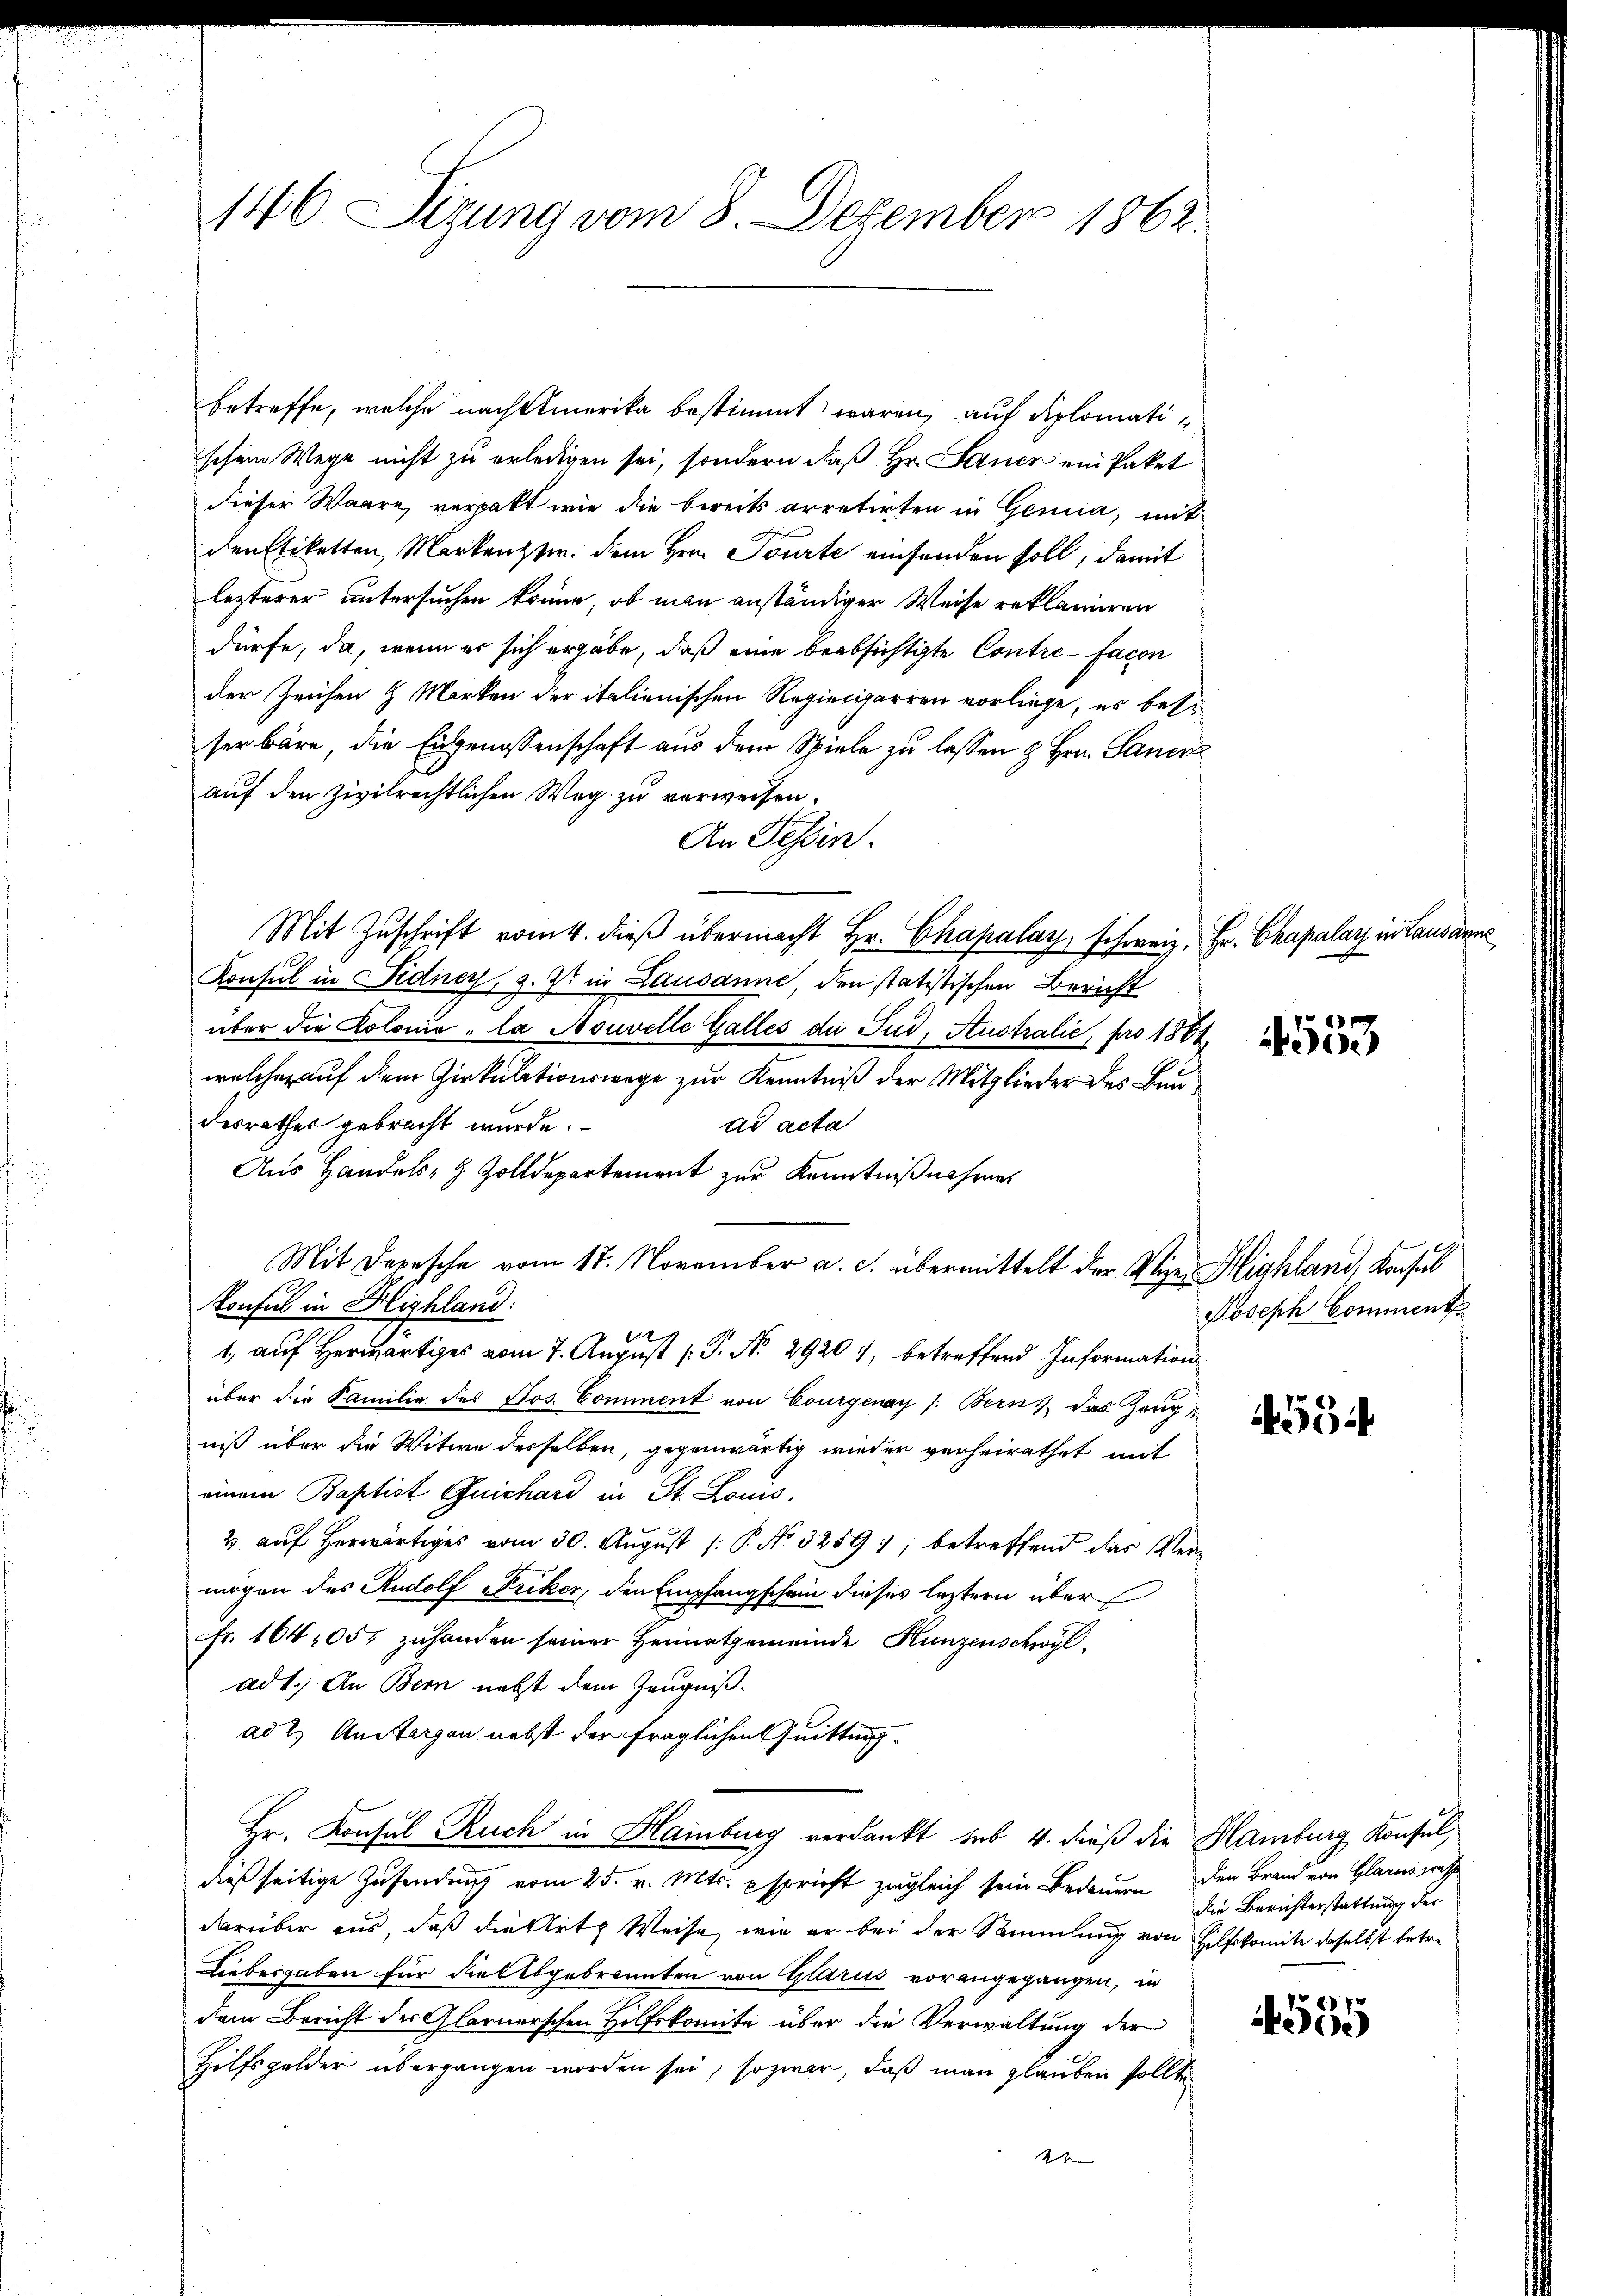
146. Sizung vom 8. Dezember 1862.

betreffe, welche nachbemerika bestimmt waren, auf diplomatischein Wege nicht zu erledigen sei, sondern daß Hr. Janer ein Paket
dieser Waare, verpakt wie die bereits arretirten in Genia, mit
den Etiketten Markenzzw. dem Hrn. Tourte einsenden soll, damit
lezterer untersuchen könne, ob man anständiger Weise reklamiren
dürfe, da, wenn er sich ergäbe, daß eine beabsichtigte Contre facon
der Zeichen & Marken der italienischen Regiecigarren vorliege, es besser wäre, die Eingenossenschaft aus dem Spiele zu lassen & Hrn. Janerz
auf den zivilrechtlichen Weg zu verweisen.
An Tessin.
Mit Zuschrift vom 4. dieß übermacht Hr. Chapalay, Schweiz. Hr. Chapalar in Lausanne
Konsul in Fidney, z. Zt. in Lausanne, den statistischen Bericht
über die Kolonie „la Nouvelle Galles die Pud, Australie, pro 1864.
welcher auf dem Zirkulationswege zur Kenntniß der Mitglieder des Baudesrathes gebracht wurde.
ad acta
Aus Handels- & Zolldepartement zur Kenntnißnahmen
Mit Depesche vom 17. November a. c. übermittelt der Wien Highland, Konsul
Konsul in Highland:
1, auf herwärtiges vom 7. August ( P. Nr. 2920), betreffend Information
über die Familie des Jos. Comment von Courgenay /: Berns, das Zeugniß über die Witwe derselben, gegenwärtig wieder verheirathet mit
einem Baptist Quichard in St. Louis,
3 auf herwärtiges vom 30. August [ P. No. 3259), betreffend das Vermögen des Rudolf Friker, den Empfangschein dieses leztern über
Fr. 1642057 zuhanden seiner Heimatgemeinde Hunzenschwyl,
ad1.) An Bern nebst dem Zeugniß.
ad 2.) Anstergen nebst der fraglichen Quitting¬
Hr. Konsul Ruch in Hainburg verdankt sub 4. dieß die Hamburg Konsul,
dießseitige Zusendung vom 25. v. Mts. spricht zugleich sein Bedauern den Brand von Glarus press
darüber aus, daß die Art Weise, wie er bei der Sammlung von Hilfskomite daselbst betre
Liebesgaben für die Abgebrannten von Glarus vorangegangen, in
dem Bericht des Glarnerschen Hilfskomite über die Verwaltung der
Hilfsgelder übergangen worden sei, so zwar, daß man glauben sollte
x

4553

Joseph Comment

59

die Berichterstattung der

4535